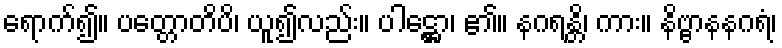
ရောက်၍။ ပတ္တောတိပိ၊ ယူ၍လည်း။ ပါဋ္ဌော၊ ၏။ နဂရန္တိ၊ ကား။ နိဗ္ဗာနနဂရံ၊